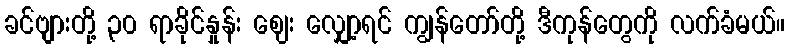
ခင်ဗျားတို့ ၃၀ ရာခိုင်နှုန်း ဈေး လျှော့ရင် ကျွန်တော်တို့ ဒီကုန်တွေကို လက်ခံမယ်။